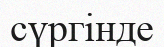
сүргінде